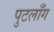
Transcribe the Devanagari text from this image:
पुटलाँग